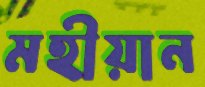
মহীয়ান